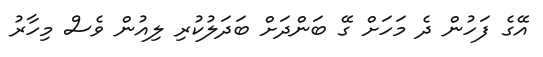
އޭގެ ފަހުން ދެ މަހަށް ގޭ ބަންދަށް ބަދަލުކުރި ލިއުން ވެސް މިހާރު